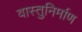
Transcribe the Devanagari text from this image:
वास्तुनिर्माण